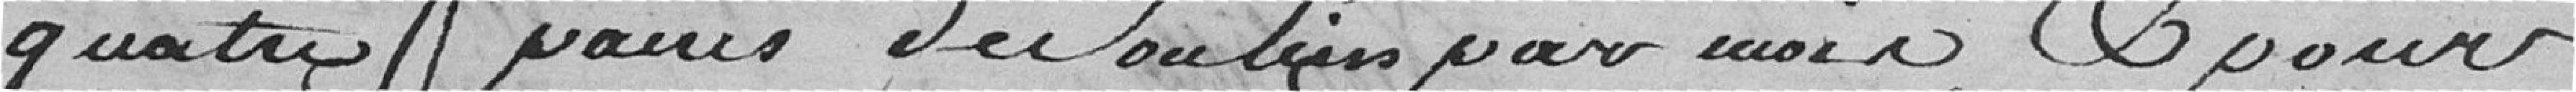
quatre paires de Souliers par mois, & pour